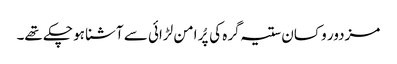
مزدور و کسان ستیہ گرہ کی پُر امن لڑائی سے آشنا ہو چکے تھے۔